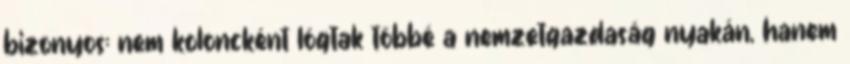
bizonyos: nem koloncként lógtak többé a nemzetgazdaság nyakán, hanem